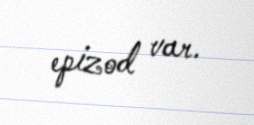
epizod var.